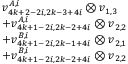
\begin{array} { r l } & { v _ { 4 k + 2 - 2 i , 2 k - 3 + 4 i } ^ { A , i } \otimes v _ { 1 , 3 } } \\ & { + v _ { 4 k + 1 - 2 i , 2 k - 2 + 4 i } ^ { A , i } \otimes v _ { 2 , 2 } } \\ & { + v _ { 4 k + 1 - 2 i , 2 k - 1 + 4 i } ^ { B , i } \otimes v _ { 2 , 1 } } \\ & { + v _ { 4 k + 1 - 2 i , 2 k - 2 + 4 i } ^ { B , i } \otimes v _ { 2 , 2 } } \end{array}